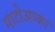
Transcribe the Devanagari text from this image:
माटोआका